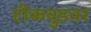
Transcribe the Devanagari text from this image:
टीकवुडवर